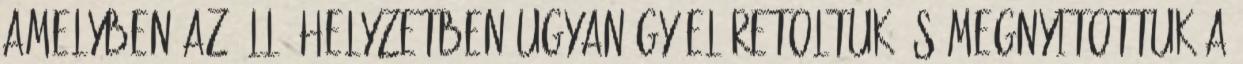
amelyben az álló helyzetben ugyanígy előretoltuk és megnyitottuk a